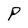
Character: P